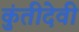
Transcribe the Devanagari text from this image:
कुंतीदेवी